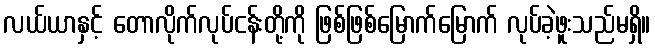
လယ်ယာနှင့် တောလိုက်လုပ်ငန်းတို့ကို ဖြစ်ဖြစ်မြောက်မြောက် လုပ်ခဲ့ဖူးသည်မရှိ။